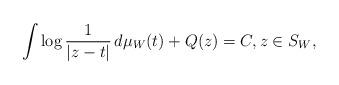
LaTeX: \begin{align*}\int \log \frac{1}{|z-t|}\, d\mu_W(t) +Q(z)=C,z \in S_W,\end{align*}